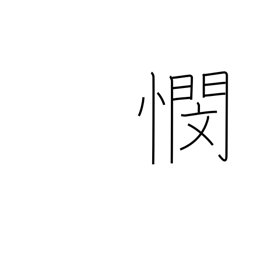
Meaning: anxiety